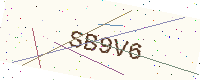
Text: SB9V6